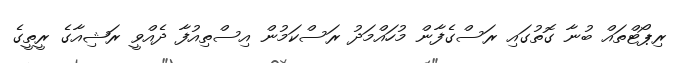
ރިޕޯޓްތައް ބުނާ ގޮތުގައި ރަސްގެފާން މުހައްމަދު ރަސްކަމުން އިސްތިއުފާ ދެއްވީ ރަޝިއާގެ ރީތީގެ